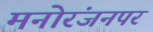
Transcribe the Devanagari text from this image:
मनोरंजनपर